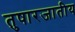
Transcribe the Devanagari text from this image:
तुषारजातीय